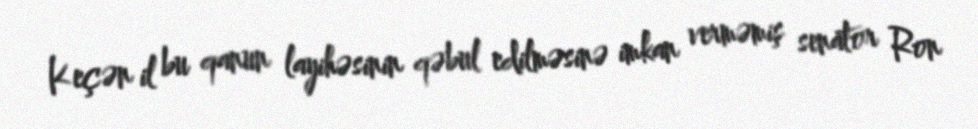
Keçən il bu qanun layihəsinin qəbul edilməsinə imkan verməmiş senator Ron